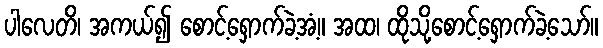
ပါလေတိ၊ အကယ်၍ စောင့်ရှောက်ခဲ့အံ့။ အထ၊ ထိုသို့စောင့်ရှောက်ခဲ့သော်။